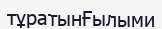
тұратынҒылыми